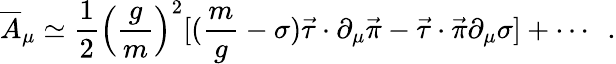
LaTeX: {\overline{{A}}}_{\mu}\simeq\frac{1}{2}\left(\frac{g}{m}\right)^{2}[({\frac{m}{g}}-\sigma)\vec{\tau}\cdot\partial_{\mu}\vec{\pi}-\vec{\tau}\cdot\vec{\pi}\partial_{\mu}\sigma]+\cdots~~.